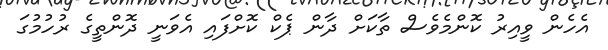
އެހެން ވީއިރު ކޮންމެވެސް ތާކަށް ދާން ޕެކް ކޮށްފައި އެވަނީ ދޮންތީގެ ރުހުމުގަ